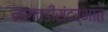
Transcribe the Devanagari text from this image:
लागवडीसंदर्भात